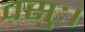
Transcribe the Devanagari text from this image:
वसुः।